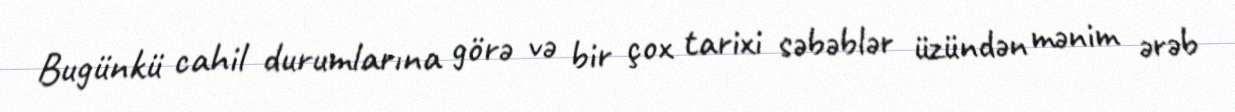
Bugünkü cahil durumlarına görə və bir çox tarixi səbəblər üzündən mənim ərəb